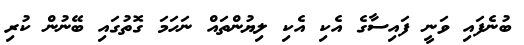
ބުނެފައި ވަނީ ފައިސާގެ އެކި އެކި ލިޔުންތައް ނަހަމަ ގޮތުގައި ބޭނުން ކުރި